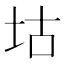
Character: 𡊜